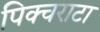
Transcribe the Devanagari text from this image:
पिक्चराटा